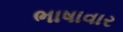
ભાષાવાર